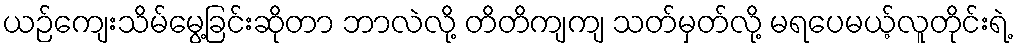
ယဉ်ကျေးသိမ်မွေ့ခြင်းဆိုတာ ဘာလဲလို့ တိတိကျကျ သတ်မှတ်လို့ မရပေမယ့်လူတိုင်းရဲ့